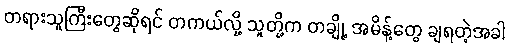
တရားသူကြီးတွေဆိုရင် တကယ်လို့ သူတို့က တချို့ အမိန့်တွေ ချရတဲ့အခါ